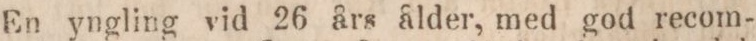
En yngling vid 26 års ålder, med god recom